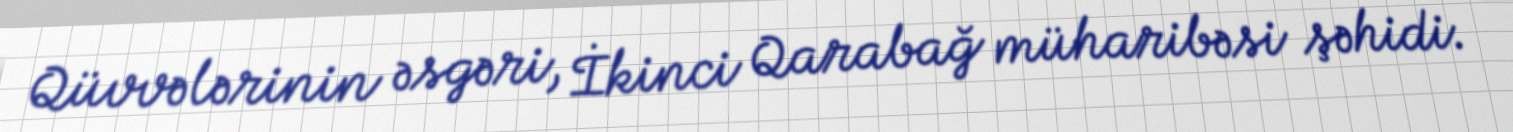
Qüvvələrinin əsgəri, İkinci Qarabağ müharibəsi şəhidi.